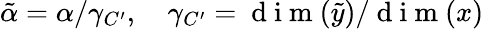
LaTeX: \tilde{\alpha}=\alpha/\gamma_{C^{\prime}},\quad\gamma_{C^{\prime}}=\mathrm{~d~i~m~}(\tilde{y})/\mathrm{~d~i~m~}(x)